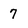
Character: 7